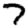
Digit: 7